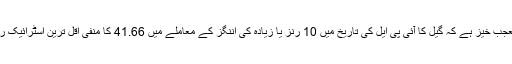
یہ بھی تعجب خیز ہے کہ گیل کا آئی پی ایل کی تاریخ میں 10 رنز یا زیادہ کی اننگز کے معاملے میں 41.66 کا منفی اقل ترین اسٹرائیک ریٹ ہے ۔